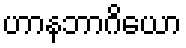
ဟာနဘာဂိယော